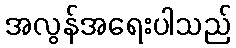
အလွန်အရေးပါသည်